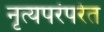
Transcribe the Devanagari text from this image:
नृत्यपरंपरेत